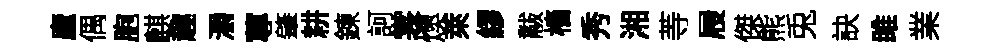
廬偶胞麒趣灂蓴肇耕鍊訶裳燠萊繆黻檣秀湘䓁屐傑熊兎訣雎業